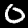
Label: 0